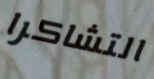
التشاكرا